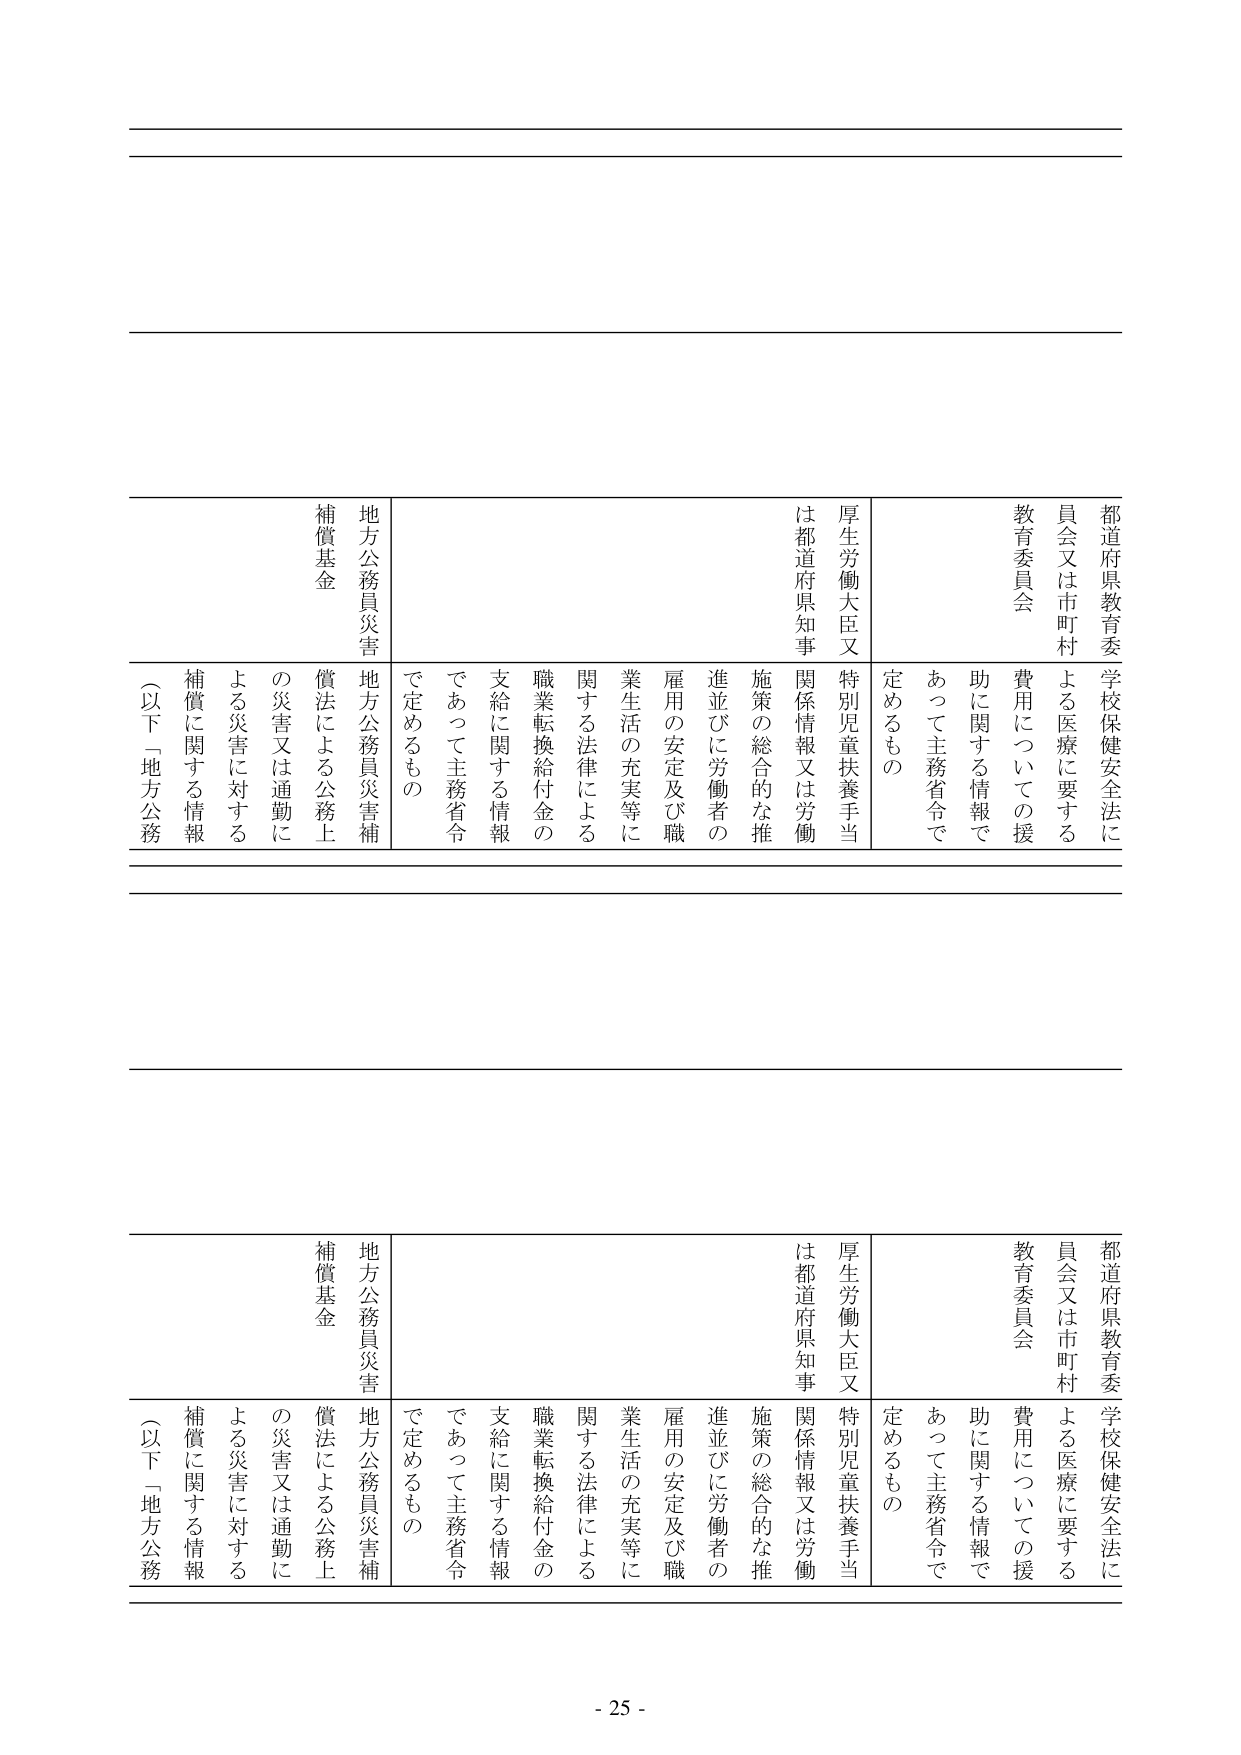
都道府県教育委員会又は市町村教育委員会
学校保健安全法による医療に要する費用についての援助に関する情報であって主務省令で定めるもの
厚生労働大臣又は都道府県知事
特別児童扶養手当関係情報又は労働施策の総合的な推進並びに労働者の雇用の安定及び職業生活の充実等に関する法律による職業転換給付金の支給に関する情報であって主務省令で定めるもの
地方公務員災害補償基金
地方公務員災害補償法による公務上の災害又は通勤による災害に対する補償に関する情報（以下「地方公務

都道府県教育委員会又は市町村教育委員会
学校保健安全法による医療に要する費用についての援助に関する情報であって主務省令で定めるもの
厚生労働大臣又は都道府県知事
特別児童扶養手当関係情報又は労働施策の総合的な推進並びに労働者の雇用の安定及び職業生活の充実等に関する法律による職業転換給付金の支給に関する情報であって主務省令で定めるもの
地方公務員災害補償基金
地方公務員災害補償法による公務上の災害又は通勤による災害に対する補償に関する情報（以下「地方公務

- 25 -